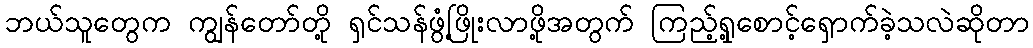
ဘယ်သူတွေက ကျွန်တော်တို့ ရှင်သန်ဖွံ့ဖြိုးလာဖို့အတွက် ကြည့်ရှု့စောင့်ရှောက်ခဲ့သလဲဆိုတာ